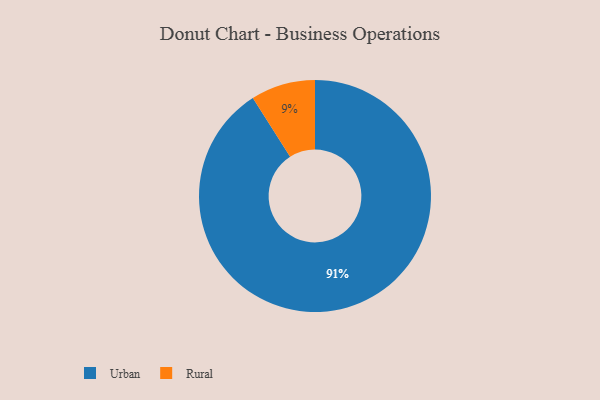
{"axis": {"x": "Category", "y": "Percentage"}, "legend": ["Rural", "Urban"], "data": [{"x": "Urban", "y": 91, "type": "Urban"}, {"x": "Rural", "y": 9, "type": "Rural"}]}